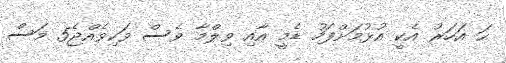
ހަ އަހަރު އެކީ އުޅުމަށްފަހު ޑެމީ އާއި ވިލްމާ ވެސް ވަކިވެއްޖެ5 މަސް